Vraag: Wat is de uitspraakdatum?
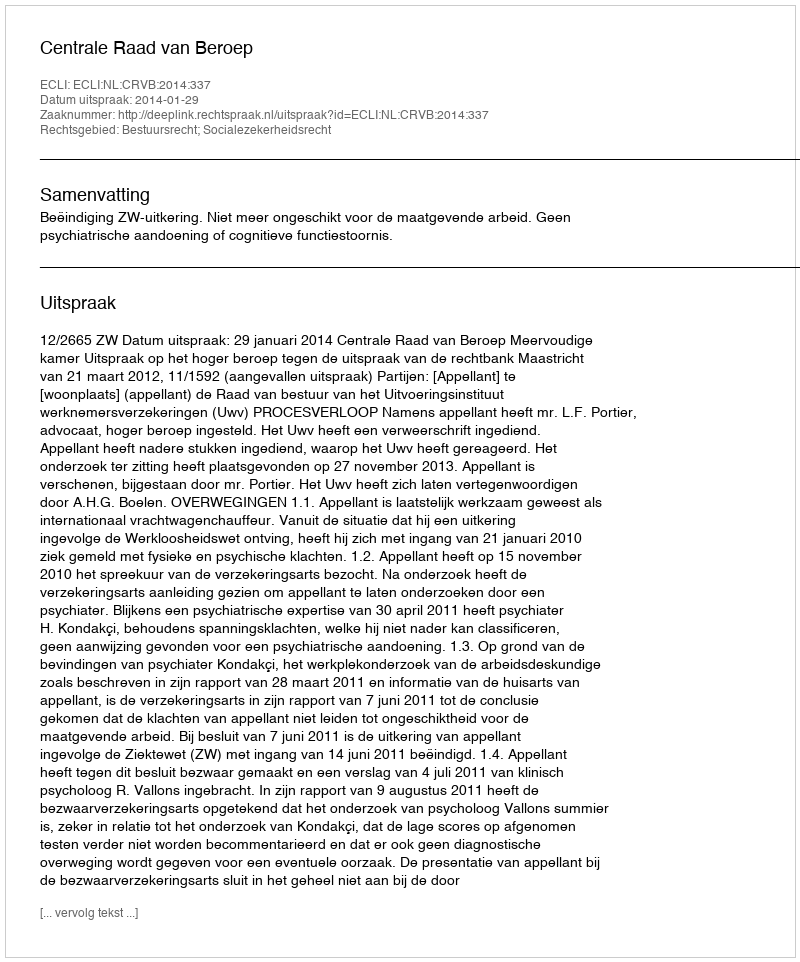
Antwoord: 2014-01-29